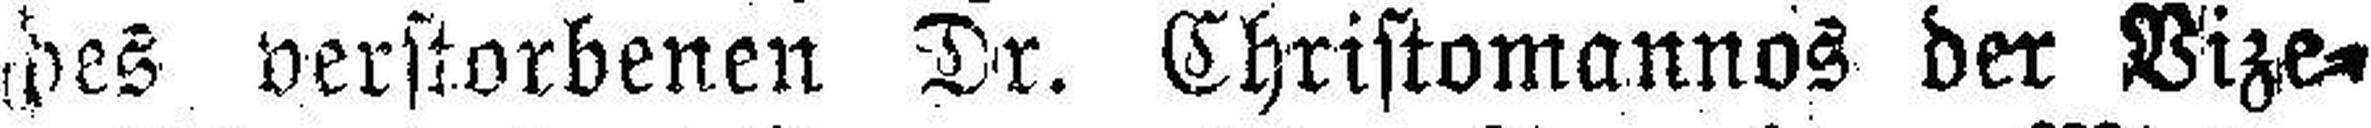
des verstorbenen Dr. Christomannos der Vize¬